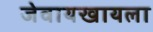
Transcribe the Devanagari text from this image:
जेवायखायला